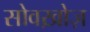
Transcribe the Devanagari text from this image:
सोवख़ोज़